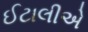
ઈટાલીએ